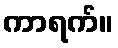
ကာရက်။